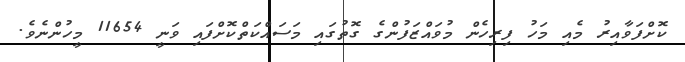
ކޮށްފަވާއިރު މެއި މަހު ފިރިހެން މުވައްޒަފުންގެ ގޮތުގައި މަސައްކަތްކޮށްފައި ވަނީ 11654 މީހުންނެވެ.